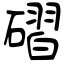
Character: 磖